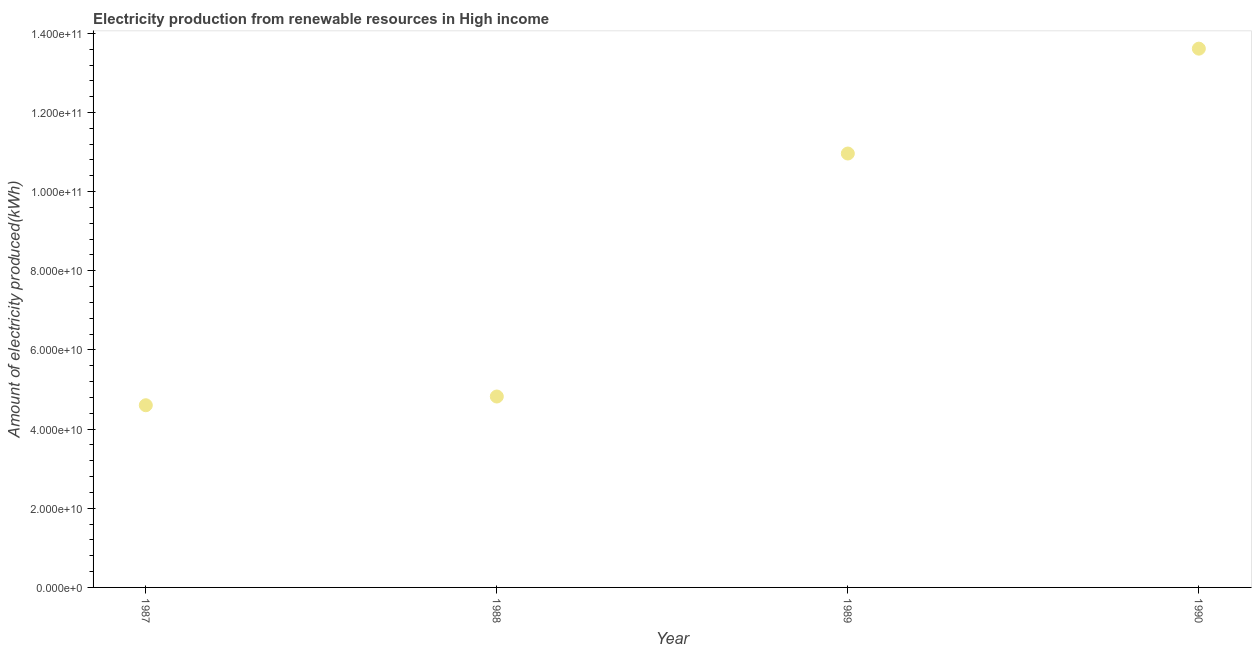
| Year | Electricity production from renewable sources |
 | --- | --- |
 | 1987 | 4.6e+10 |
 | 1988 | 4.82e+10 |
 | 1989 | 1.1e+11 |
 | 1990 | 1.36e+11 |